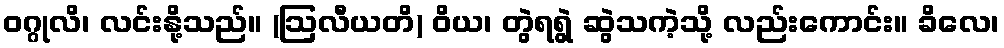
ဝဂ္ဂုလိ၊ လင်းနို့သည်။ (ဩလီယတိ) ဝိယ၊ တွဲရရွဲ ဆွဲသကဲ့သို့ လည်းကောင်း။ ခိလေ၊